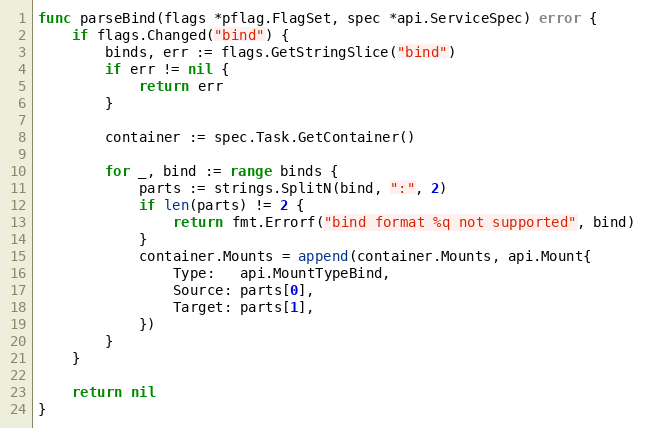
Language: Go
func parseBind(flags *pflag.FlagSet, spec *api.ServiceSpec) error {
	if flags.Changed("bind") {
		binds, err := flags.GetStringSlice("bind")
		if err != nil {
			return err
		}

		container := spec.Task.GetContainer()

		for _, bind := range binds {
			parts := strings.SplitN(bind, ":", 2)
			if len(parts) != 2 {
				return fmt.Errorf("bind format %q not supported", bind)
			}
			container.Mounts = append(container.Mounts, api.Mount{
				Type:   api.MountTypeBind,
				Source: parts[0],
				Target: parts[1],
			})
		}
	}

	return nil
}